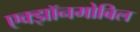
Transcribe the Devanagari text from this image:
एक्झॉनमोबिल